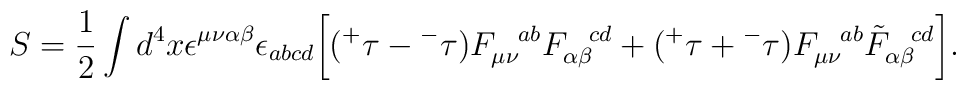
S=\frac{1}{2} \int d^{4} x \epsilon^{\mu\nu\alpha\beta} \epsilon_{abcd}\bigg[ ({^+}\tau - {^-}\tau) F^{~~ab}_{\mu\nu} F^{~~cd}_{\alpha\beta} + ({^+}\tau + {^-}\tau) F^{~~ab}_{\mu\nu} \tilde F^{~~cd}_{\alpha\beta}\bigg].